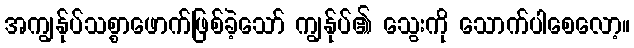
အကျွန်ုပ်သစ္စာဖောက်ဖြစ်ခဲ့သော် ကျွန်ုပ်၏ သွေးကို သောက်ပါစေလော့။